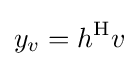
y_{v}=h^{\mathrm {H} }v